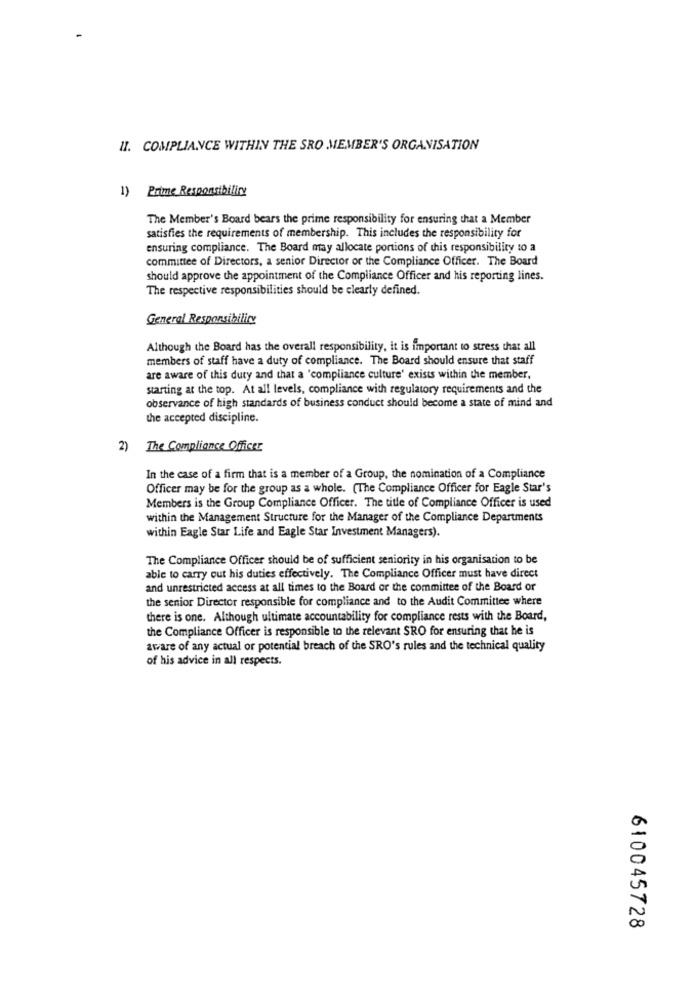
II. COMPLIANCE WITHIN THE SRO MEMBER'S ORGANISATION
1) Prime Responsibility
The Member's Board bears the prime responsibility for ensuring that a Member
satisfies the requirements of membership. This includes the responsibility for
ensuring compliance. The Board may allocate portions of this responsibility to a
committee of Directors, a senior Director of the Compliance Officer. The Board
should approve the appointment of the Compliance Officer and his reporting lines.
The respective responsibilities should be clearly defined.
General Responsibility
Although the Board has the overall responsibility, it is important to stress that all
members of staff have a duty of compliance. The Board should ensure that staff
are aware of this duty and that a 'compliance culture' exists within the member,
starting at the top. At all levels, compliance with regulatory requirements and the
observance of high standards of business conduct should become a state of mind and
the accepted discipline.
2) The Compliance Officer
In the case of a firm that is a member of a Group, the nomination of a Compliance
Officer may be for the group as a whole. (The Compliance Officer for Eagle Star's
Members is the Group Compliance Officer. The title of Compliance Officer is used
within the Management Structure for the Manager of the Compliance Departments
within Eagle Star Life and Eagle Star Investment Managers).
The Compliance Officer should be of sufficient seniority in his organisation to be
able to carry out his duties effectively. The Compliance Officer must have direct
and unrestricted access at all times to the Board or the committee of the Board or
the senior Director responsible for compliance and to the Audit Committee where
there is one. Although ultimate accountability for compliance rests with the Board,
the Compliance Officer is responsible to the relevant SRO for ensuring that he is
aware of any actual or potential breach of the SRO's rules and the technical quality
of his advice in all respects.
610045728